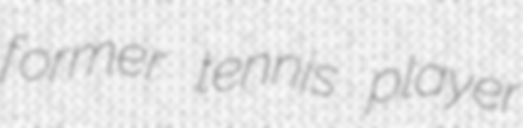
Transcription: former tennis player